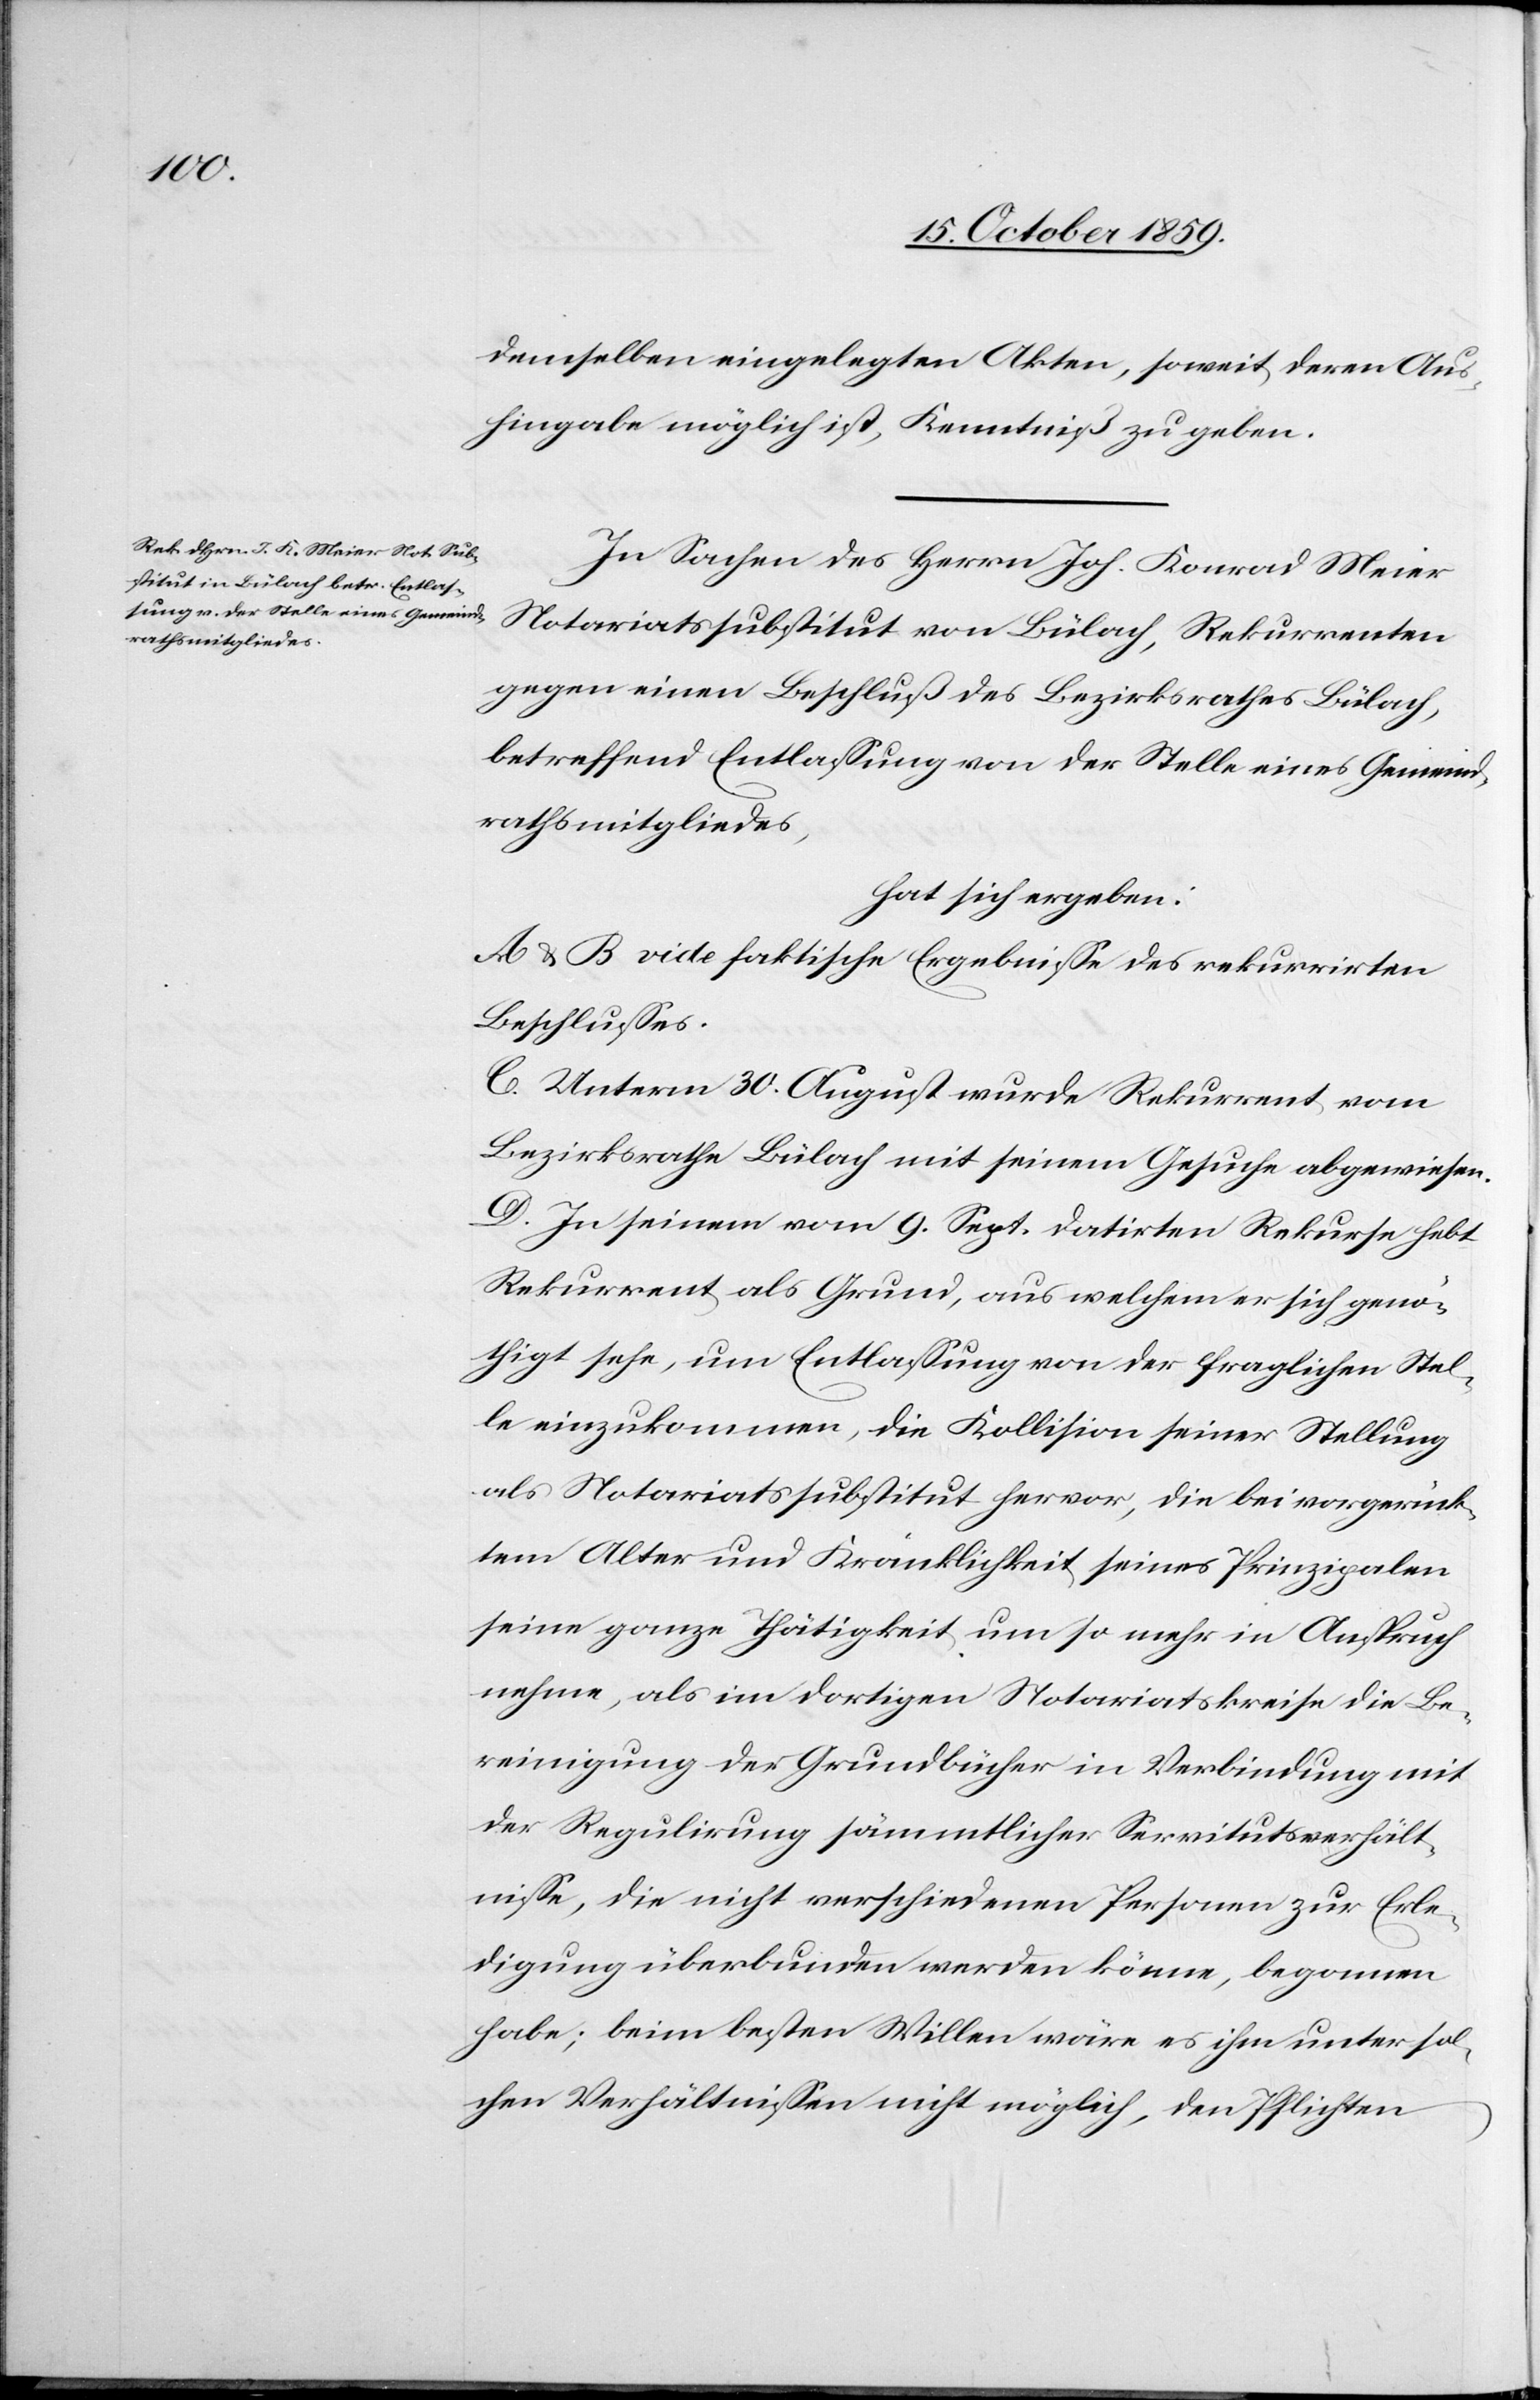
demselben eingelegten Akten, soweit deren Aus¬
hingabe möglich ist, Kenntniß zu geben.
In Sachen des Herrn Joh. Konrad Meier
Notariatssubstitut von Bülach, Rekurrenten
gegen einen Beschluß des Bezirksrathes Bülach,
betreffend Entlassung von der Stelle eines Gemeind¬
rathsmitgliedes,
hat sich ergeben:
A & B vide faktische Ergebnisse des rekurrirten
Beschlusses.
C. Unterm 30. August wurde Rekurrent vom
Berzirksrath Bülach mit seinem Gesuche abgewiesen.
D. In seinem vom 9. Sept. datirten Rekurse hebt
Rekurrent als Grund, aus welchem er sich genö¬
thigt sehe, um Entlassung von der fraglichen Stel¬
le einzukommen, die Kollision seiner Stellung
als Notariatssubstitut hervor, die bei vorgerück¬
tem Alter und Kränklichkeit seines Prinzipalen
seine ganze Thätigkeit um so mehr in Anspruch
nehme, als im dortigen Notariatskreise die Be¬
reinigung der Grundgebühr in Verbindung mit
der Regulierung sämtlicher Servitutsverhält¬
nisse, die nicht verschiedenen Personen zur Erle¬
digung überbunden werden könne, begonnen
habe; beim besten Willen wäre es ihm unter sol¬
chen Verhältnissen nicht möglich, den Pflichten